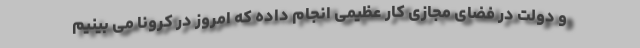
و دولت در فضای مجازی کار عظیمی انجام داده که امروز در کرونا می بینیم